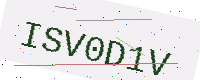
Text: ISV0D1V